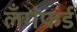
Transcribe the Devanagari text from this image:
लँगफर्ड